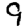
Digit: 9